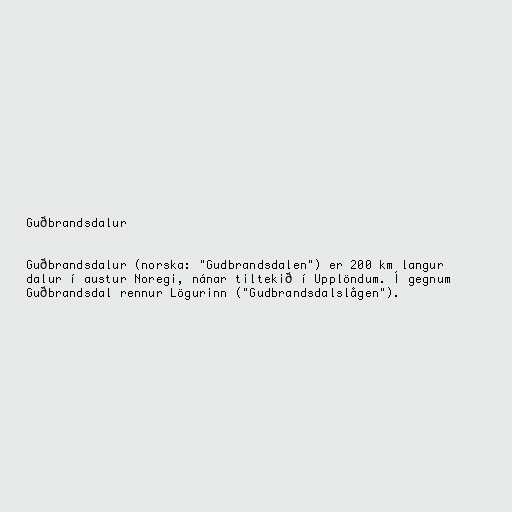
Guðbrandsdalur

Guðbrandsdalur (norska: "Gudbrandsdalen") er 200 km langur
dalur í austur Noregi, nánar tiltekið í Upplöndum. Í gegnum
Guðbrandsdal rennur Lögurinn ("Gudbrandsdalslågen").